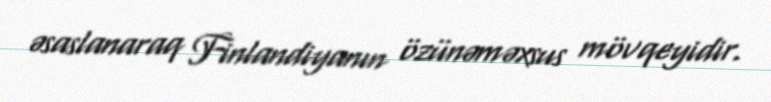
əsaslanaraq Finlandiyanın özünəməxsus mövqeyidir.